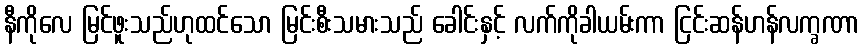
နီကိုလေ မြင်ဖူးသည်ဟုထင်သော မြင်းစီးသမားသည် ခေါင်းနှင့် လက်ကိုခါယမ်းကာ ငြင်းဆန်ဟန်လက္ခဏာ